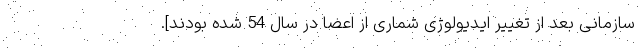
سازمانی بعد از تغییر ایدیولوژی شماری از اعضا در سال 54 شده بودند].